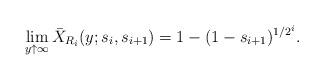
LaTeX: \begin{align*}\lim_{y\uparrow \infty }\bar{X}_{R_{i}}(y;s_{i},s_{i+1})=1-(1-s_{i+1})^{1/2^{i}}. \end{align*}